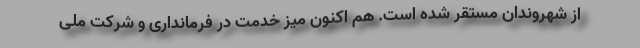
از شهروندان مستقر شده است. هم اکنون میز خدمت در فرمانداری و شرکت ملی